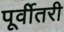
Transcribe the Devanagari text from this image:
पूर्वीतरी